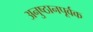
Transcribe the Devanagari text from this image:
अनुष्ठानपूर्वक